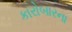
કારોબારના